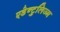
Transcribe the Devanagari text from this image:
एडेन्टुलिज्म